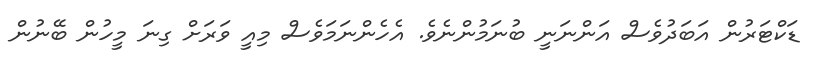
ޑަކްޓަރުން އަބަދުވެސް އަންނަނީ ބުނަމުންނެވެ. އެހެންނަމަވެސް މިއީ ވަރަށް ގިނަ މީހުން ބޭނުން